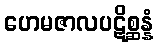
ဟေမဇာလပဋိစ္ဆန္နံ